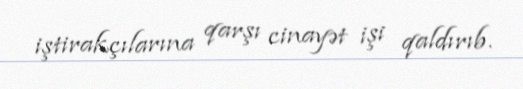
iştirakçılarına qarşı cinayət işi qaldırıb.